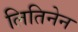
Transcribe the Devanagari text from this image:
लितिनेन